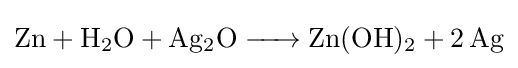
{\ce {Zn + H2O + Ag2O -> Zn(OH)2 + 2Ag}}